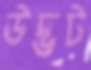
উদ্ভট